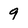
Character: 9